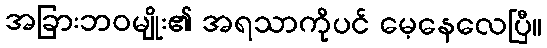
အခြားဘဝမျိုး၏ အရသာကိုပင် မေ့နေလေပြီ။